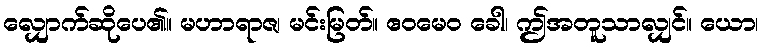
လျှောက်ဆိုပေ၏။ မဟာရာဇ၊ မင်းမြတ်။ ဧဝမေဝ ခေါ၊ ဤအတူသာလျှင်။ ယော၊